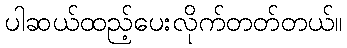
ပါဆယ်ထည့်ပေးလိုက်တတ်တယ်။